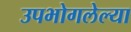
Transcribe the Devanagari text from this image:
उपभोगलेल्या